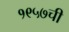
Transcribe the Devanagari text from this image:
१९५७ची